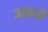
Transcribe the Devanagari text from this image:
आक्रती